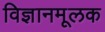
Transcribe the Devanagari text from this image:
विज्ञानमूलक